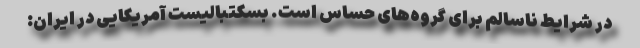
در شرایط ناسالم برای گروه‌های حساس است. بسکتبالیست آمریکایی در ایران: